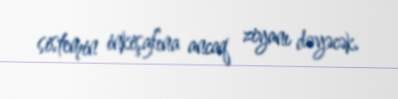
sistemin inkişafına ancaq ziyanı dəyəcək.